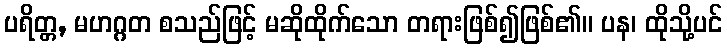
ပရိတ္တ, မဟဂ္ဂတ စသည်ဖြင့် မဆိုထိုက်သော တရားဖြစ်၍ဖြစ်၏။ ပန၊ ထိုသို့ပင်